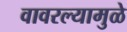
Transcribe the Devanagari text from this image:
वावरल्यामुळे